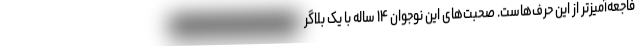
فاجعه‌آمیزتر از این حرف‌هاست. صحبت‌های این نوجوان ۱۴ ساله با یک بلاگر